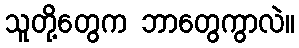
သူတို့တွေက ဘာတွေကွာလဲ။